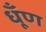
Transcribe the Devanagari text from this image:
धूँण